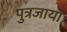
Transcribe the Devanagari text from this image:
पुत्रजाया